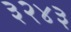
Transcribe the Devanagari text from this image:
३२४३